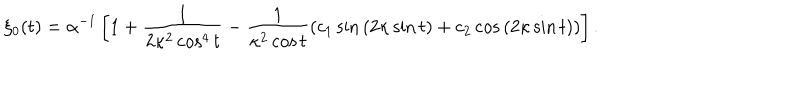
\xi _ { 0 } ( t ) = \alpha ^ { - 1 } \left[ 1 + \frac { 1 } { 2 \kappa ^ { 2 } \cos ^ { 4 } { t } } - \frac { 1 } { \kappa ^ { 2 } \cos { t } } ( c _ { 1 } \sin { ( 2 \kappa \sin { t } ) } + c _ { 2 } \cos { ( 2 \kappa \sin { t } ) } ) \right] .